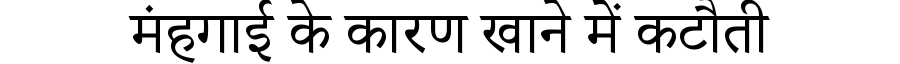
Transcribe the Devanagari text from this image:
मंहगाई के कारण खाने में कटौती